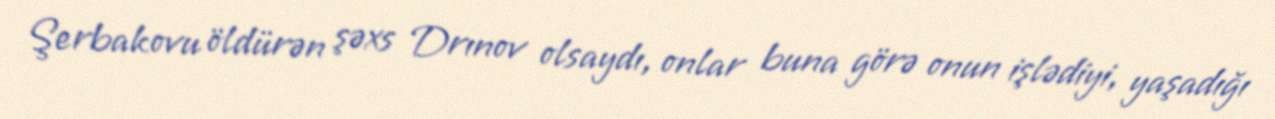
Şerbakovu öldürən şəxs Drınov olsaydı, onlar buna görə onun işlədiyi, yaşadığı